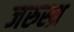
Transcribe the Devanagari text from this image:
जरुस्थ्र